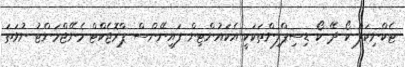
ޓެކްނިކަލް ކޯ ދޭ ކޯ ޑިސިޕްލިންތަކަކީ އެކައުންޓިން ފައިނޭންސް ޕްރޮޖެކްޓް މެނޭޖްމަންޓު ނުވަތަ